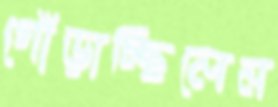
গোঁড়াচ্ছিলেন